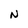
Character: N